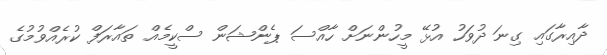
ދާއިރާގައި ގިނަ ދުވަހު އުޅޭ މީހުންނަށް ހާއްސަ ޕެންޝަން ސްކީމެއް ތައާރަފް ކުރެއްވުމުގެ